Indian journal of veterinary science and animal husbandry - Volume 8,
Year: 1938
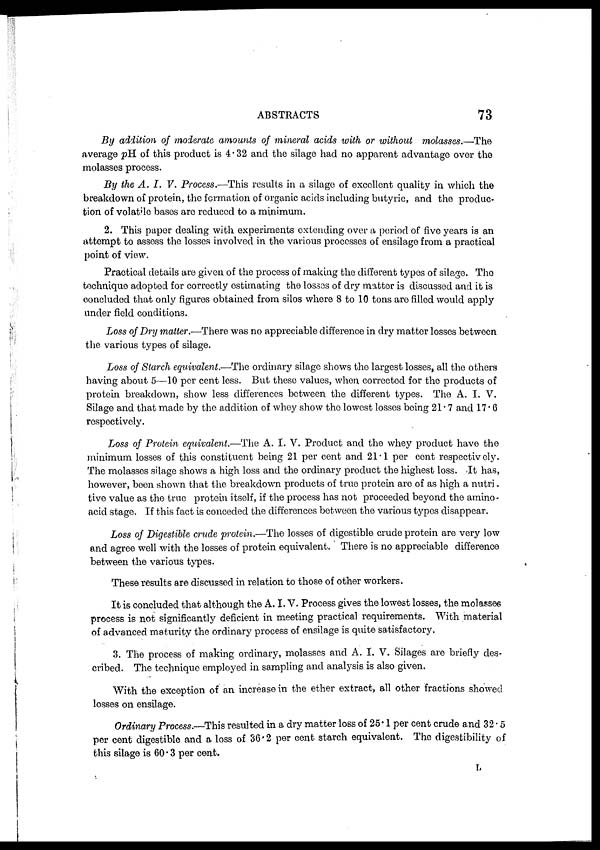
ABSTRACTS
73
By addition of moderate amounts of mineral acids with or without
molasses.—The
average pH of this product is 4.32 and the silage had no apparent advantage over the
molasses process.
By the A. I. V. Process.—This results in a silage of excellent quality in which the
breakdown of protein, the formation of organic acids including butyric, and the produc-
tion of volatile bases are reduced to a minimum.
2. This paper dealing with experiments extending over a period of five years is an
attempt to assess the losses involved in the various processes of ensilage from a practical
point of view.
Practical details are given of the process of making the different types of silage. The
technique adopted for correctly estimating the losses of dry matter is discussed and it is
concluded that only figures obtained from silos where 8 to 10 tons are filled would apply
under field conditions.
Loss of Dry matter.—There was no appreciable difference in dry matter losses between
the various types of silage.
Loss of Starch equivalent.—The ordinary silage shows the largest losses, all the others
having about 5—10 per cent less. But these values, when corrected for the products of
protein breakdown, show less differences between the different types. The A. I. V.
Silage and that made by the addition of whey show the lowest losses being 21.7 and 17.6
respectively.
Loss of Protein equivalent.—The A. I. V. Product and the whey product have the
minimum losses of this constituent being 21 per cent and 21.1 per cent respectively.
The molasses silage shows a high loss and the ordinary product the highest loss. It has,
however, been shown that the breakdown products of true protein are of as high a nutri¬
tive value as the true protein itself, if the process has not proceeded beyond the amino¬
acid stage. If this fact is conceded the differences between the various types disappear.
Loss of Digestible crude protein.—The losses of digestible crude protein are very low
and agree well with the losses of protein equivalent. There is no appreciable difference
between the various types.
These results are discussed in relation to those of other workers.
It is concluded that although the A. I. V. Process gives the lowest losses, the molasses
process is not significantly deficient in meeting practical requirements. With material
of advanced maturity the ordinary process of ensilage is quite satisfactory.
3. The process of making ordinary, molasses and A. I. V. Silages are briefly des-
cribed. The technique employed in sampling and analysis is also given.
With the exception of an increase in the ether extract, all other fractions showed
losses on ensilage.
Ordinary Process.—This resulted in a dry matter loss of 25.1 per cent crude and 32.5
per cent digestible and a loss of 36.2 per cent starch equivalent. The digestibility of
this silage is 60.3 per cent.
L